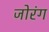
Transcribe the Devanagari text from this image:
जोरंग